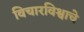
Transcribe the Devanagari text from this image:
विचारविश्वाचे